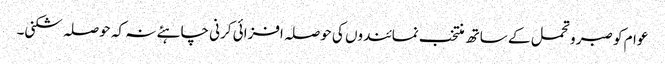
عوام کو صبر و تحمل کے ساتھ منتخب نمائندوں کی حوصلہ افزائی کرنی چاہئے نہ کہ حوصلہ شکنی۔